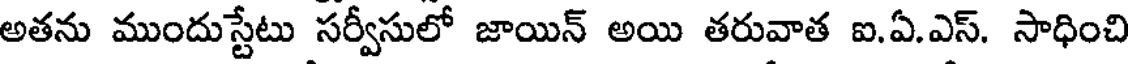
అతను ముందుస్టేటు సర్వీసులో జాయిన్ అయి తరువాత ఐ.ఏ.ఎస్. సాధించి